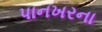
પાનખરના